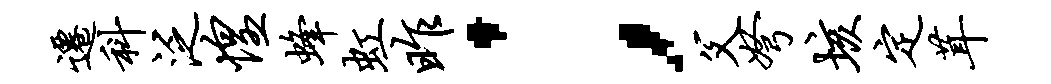
迁科泛惶蜂虹昨；父弩垓定茸